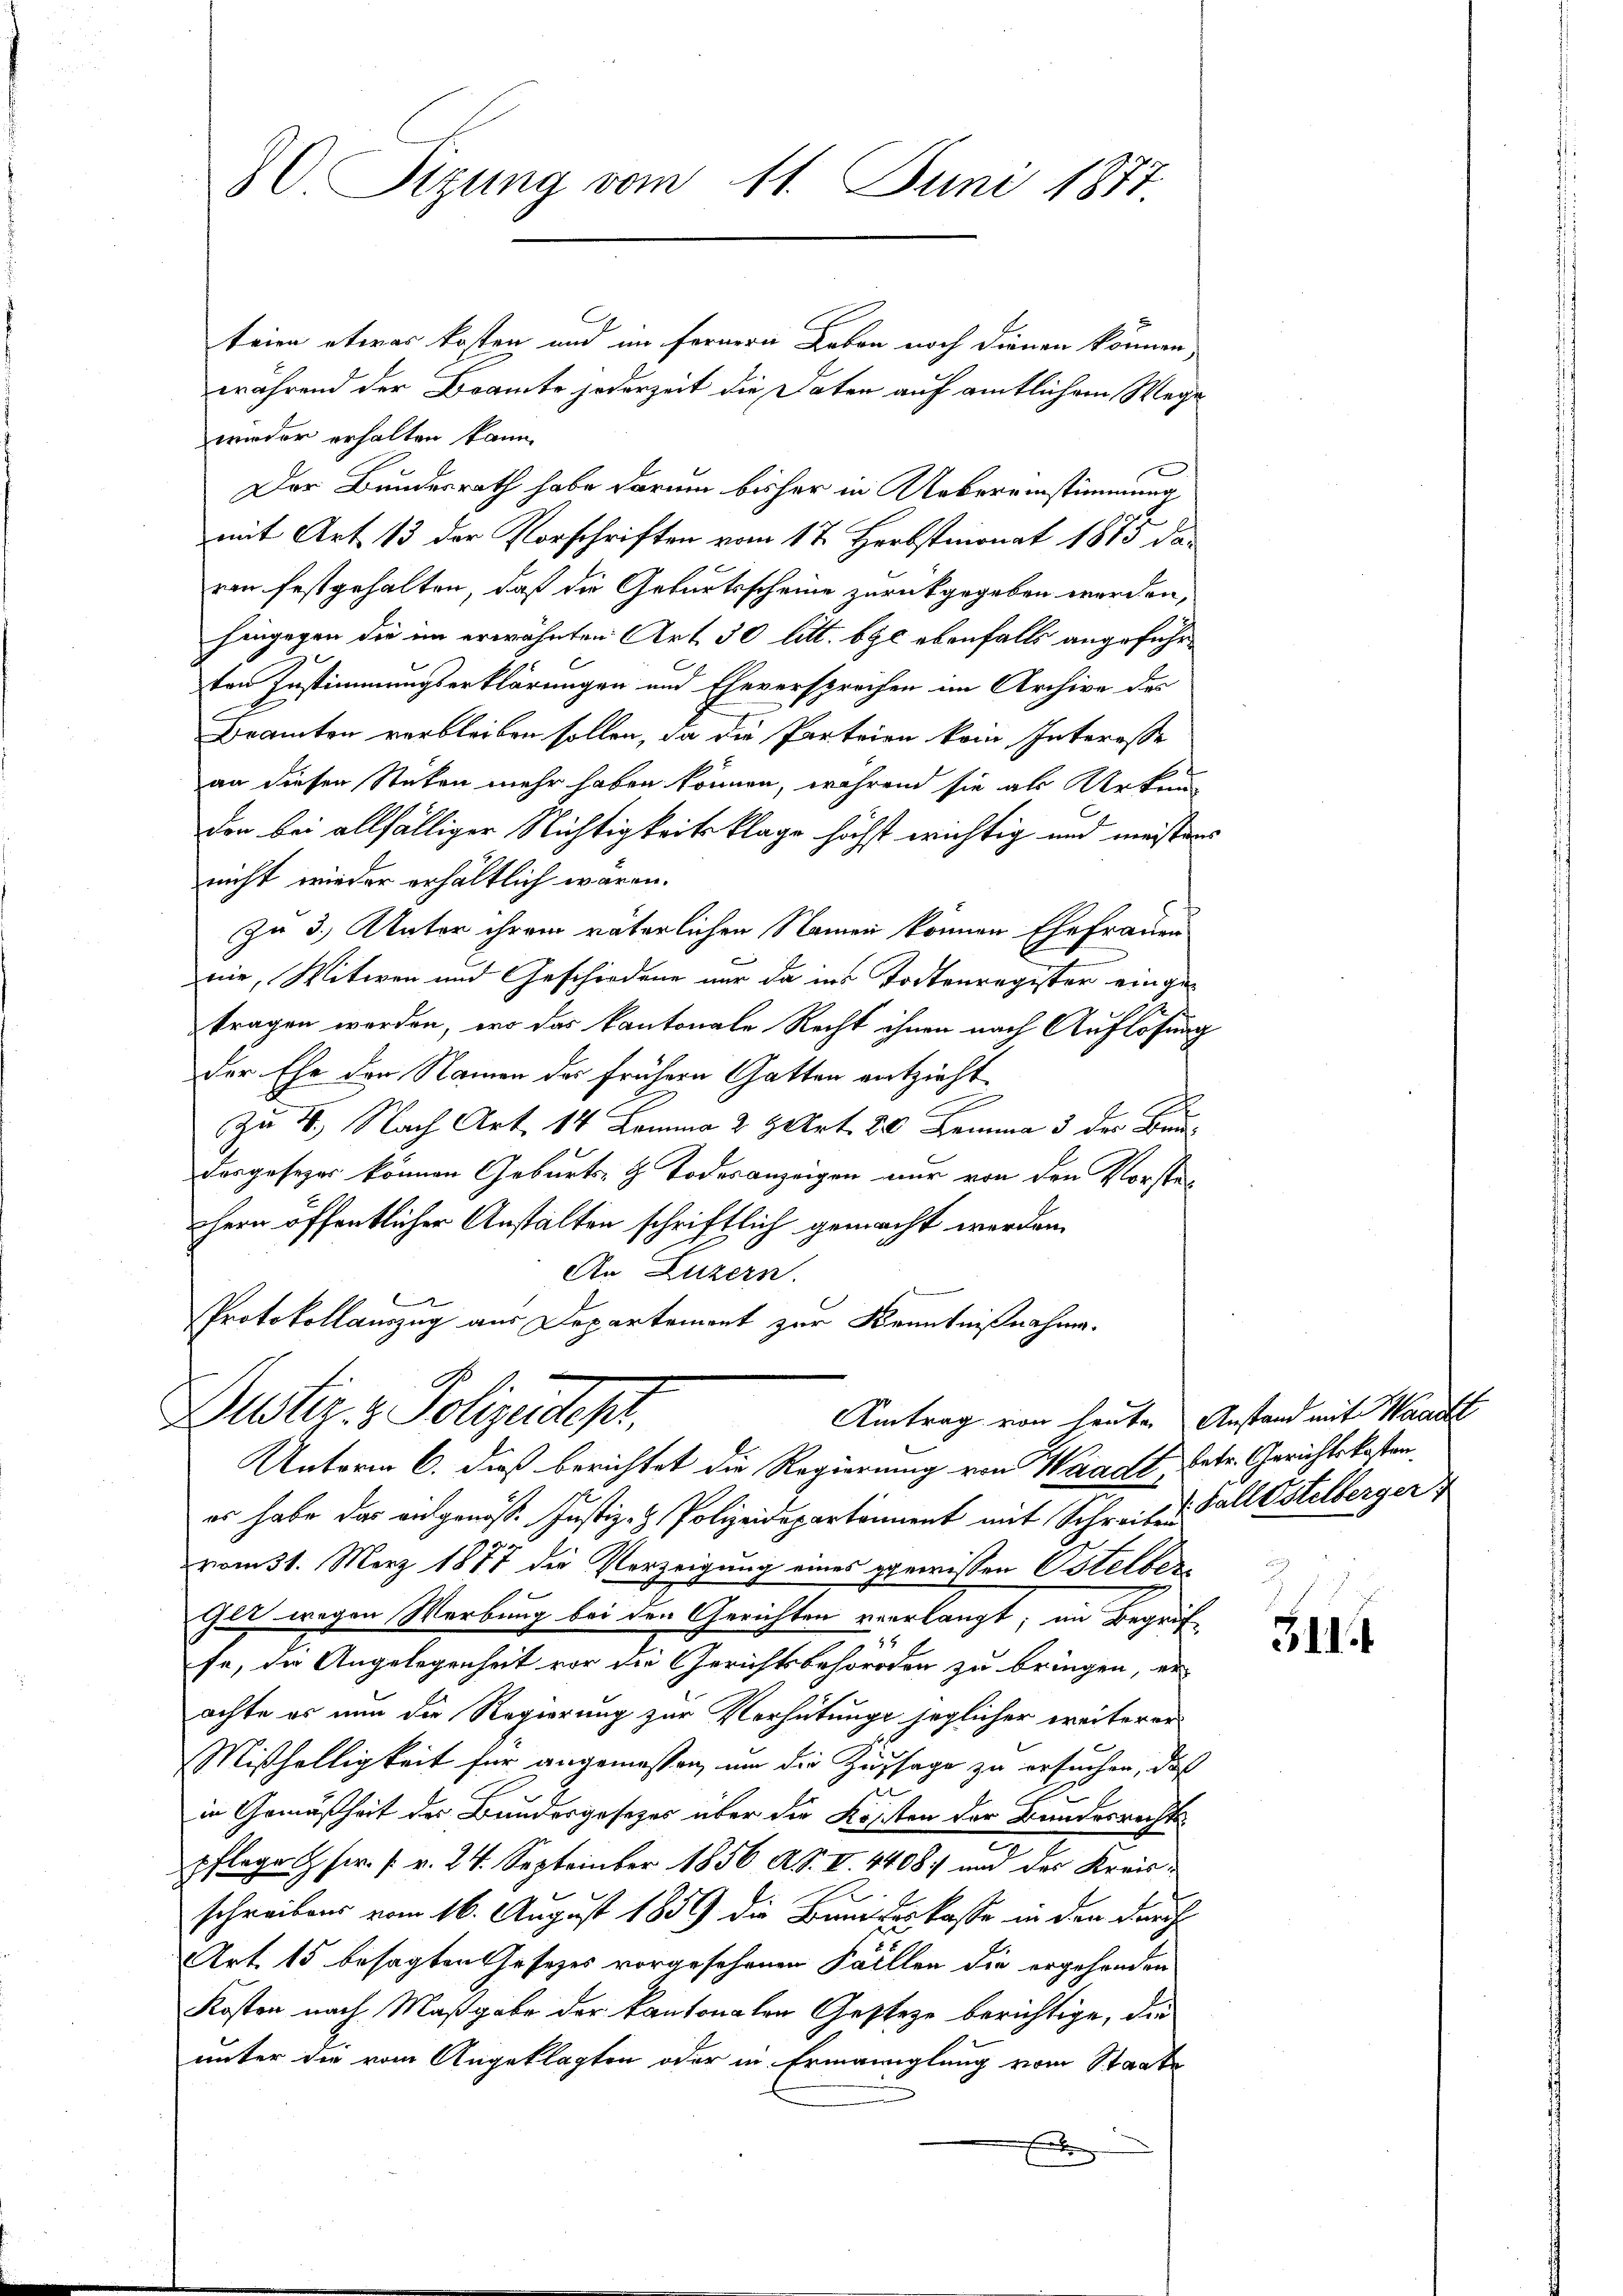
80 Sizung vom 11. Juni 1877.

teien etwas kosten und im fernern Leben noch dienen können,
während der Doamte jederzeit die Daten auf amtlichem Wege
wieder erhalten kann.
Der Bundesrath habe darum bisher in Uebereinstimmung,
mit Art. 13 der Vorschriften vom 17. Herbstmonat 1875 da
ven festgehalten, daß die Geburtsscheine zurückgegeben werden,
hingegen die im erwähnten Art 30 litt. b gl ebenfalls angeführton Zustimmungserklärungen und Eheversprochen im Archive des
Bramten verbleiben sollen, da die Parteien kein Interesse
an diesen Stücken mehr haben können, während sie als Urkun-
den bei allfälliger Nichtigkeitsklage höchst wichtig und meistens
nicht wieder erhältlich waren.
zu 3. Unter ihrem väterlichen Namen können Ehefrauen
nie, Witwen und Geschordene nur da ins Todtenregister eingetragen worden, wo das kantonale Recht ihnen nach Auflösung
der Ehe den Namen der frühern Gatten entzieht.
Zu 4. Nach Art. 14 Lemma 2 Art. 80 Lemma 3 der Baudorgesezer können Geburts- & Todesanzeigen nur von den Vorstenhern öffentlicher Anstalten schriftlich gemacht worden.
An Luzern.
e
Protokollauszug aus Departement zur Kenntnißnahme.

Suster- & Polizeiten.
Amtrag von heute

Unterm 6. dieß berichtet die Regierung von Waadt, betr. Gerichtskostenes habe das eidgenöss. Justiz- & Polizeidepartament mit Schreiben Fall stelberger
vom 31. März 1877 die Verzeigung eines gewissen Osterber
Gei) wegen Werbung bei den Gerichten verlangt; in Begrif
se, die Angelegenheit vor die Gerichtsbehörden zu bringen, er
achte es nun die Regierung zur Verhütunge jeglicher weiterer
Mißhelligkeit für angemessen, um die Zusage zu ersuchen, daß
in Gemäßheit des Bundesgesetzes über die Kosten der Bundesrechtspflege Hr. Pr. 24. September 1856 A.S. II. 4408. und des Kreisschreibens vom 16. August 1859 die Bundeskasse in den durch
Art. 15 besagten Gesetzes vorgesehenen Fällen die ergehenden
Kosten nach Maßgabe der kantonalen Gesteze berichtige, die
unter die vom Angeklagten oder in Ermanglung vom Staats
E

Anstand mit Waadt

311. 4